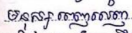
មនុស្សពេញលេញ